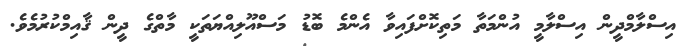
އިސްލާމްދީން އިސްލާމީ އުންމަތާ މަތިކޮށްފައިވާ އެންމެ ބޮޑު މަސްއޫލިއްޔަތަކީ މާތްގެ ދީން ޤާއިމްކުރުމެވެ.